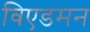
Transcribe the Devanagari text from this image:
विएडमन